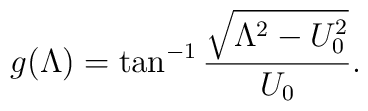
g(\Lambda)= \tan^{-1} \frac{\sqrt{\Lambda^2-U_0^2}}{U_0}.